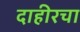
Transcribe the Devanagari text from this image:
दाहीरचा